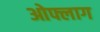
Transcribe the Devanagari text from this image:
ओफ्लाग